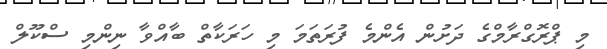
މި ޕްރޮގްރާމްގެ ދަށުން އެންމެ ފުރަތަމަ މި ހަރަކާތް ބާއްވާ ނިންމި ސްކޫލް